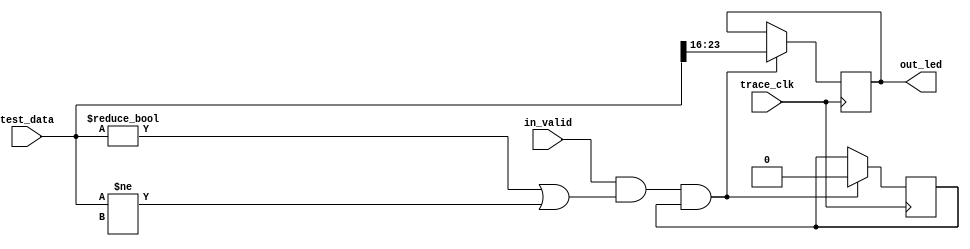
module L1_ID_led_dump(
        input trace_clk,
        input[239:0] test_data,
        input in_valid,
        output[7:0] out_led
    );
    reg flag = 1'b1;
    reg[7:0] led = 8'b0;
    always @ (posedge trace_clk) begin
        if(in_valid&&(test_data!=240'b0||test_data!=240'bX)&&flag) begin
            led <= test_data[23:16];
            flag <= 1'b0;
        end
    end
    assign out_led = led;
endmodule